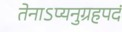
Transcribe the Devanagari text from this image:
तेनाऽप्यनुग्रहपदं